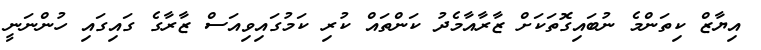
އިޔާޒް ކިތަންމެ ނުބައިގޮތަކަށް ޒާރާއާމެދު ކަންތައް ކުރި ކަމުގައިވިއަސް ޒާރާގެ ގައިގައި ހުންނަނީ